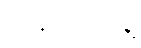
ကလေးတွေနဲ့